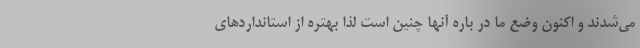
می‌شدند و اکنون وضع ما در باره آنها چنین است لذا بهتره از استانداردهای